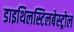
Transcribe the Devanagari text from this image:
डाइथिलस्टिलबेस्ट्रोल